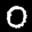
Label: 0